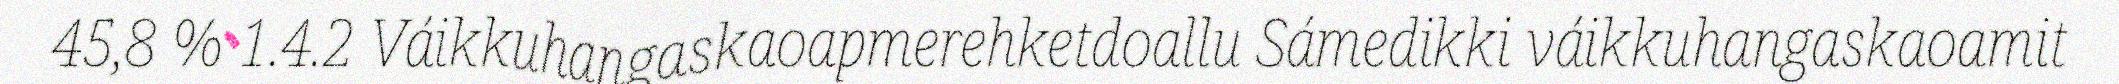
45,8 % 1.4.2 Váikkuhangaskaoapmerehketdoallu Sámedikki váikkuhangaskaoamit